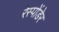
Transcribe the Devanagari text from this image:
रेस्पोंडेर